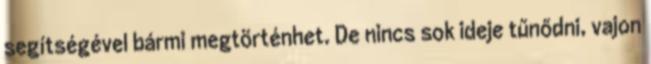
segítségével bármi megtörténhet. De nincs sok ideje tűnődni, vajon